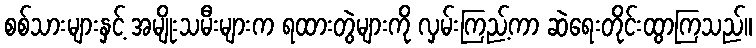
စစ်သားများနှင့် အမျိုးသမီးများက ရထားတွဲများကို လှမ်းကြည့်ကာ ဆဲရေးတိုင်းထွာကြသည်။